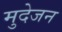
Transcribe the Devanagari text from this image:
मुदेजन